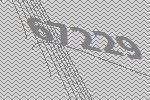
67229